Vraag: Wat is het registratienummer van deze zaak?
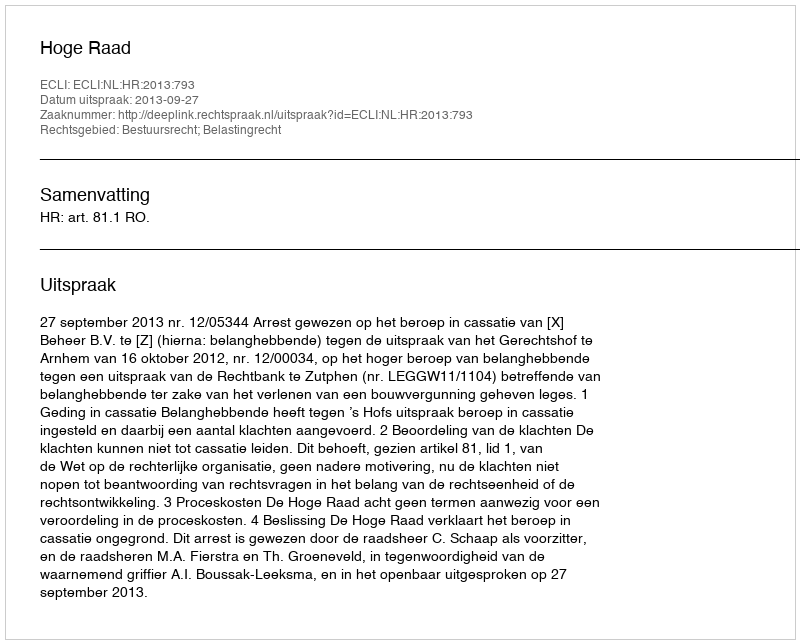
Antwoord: http://deeplink.rechtspraak.nl/uitspraak?id=ECLI:NL:HR:2013:793